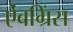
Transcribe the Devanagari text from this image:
ऐंबग्रिंस